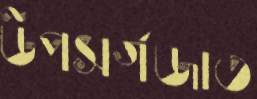
উপসর্গজাত